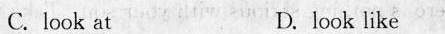
C. look at D. look like